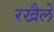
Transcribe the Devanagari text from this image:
रखैले